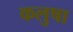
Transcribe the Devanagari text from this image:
कलुषा